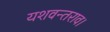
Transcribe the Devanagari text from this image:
यशवन्तराव।